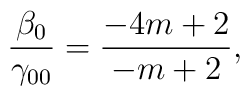
{\beta_0 \over \gamma_{00}} = {-4m +2 \over -m +2},